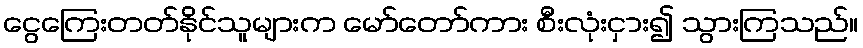
ငွေကြေးတတ်နိုင်သူများက မော်တော်ကား စီးလုံးငှား၍ သွားကြသည်။